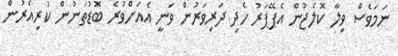
ނަމަވެސް ވިލާ ކޮލެޖުން އެޕޭޕަރު ހެދި ދަރިވަރުން ވަނީ އެއަށްވުރެ ބޮޑުތަނުން ކުރިއެރުން